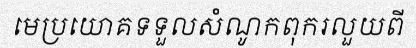
មេប្រយោគទទួលសំណូកពុករលួយពី